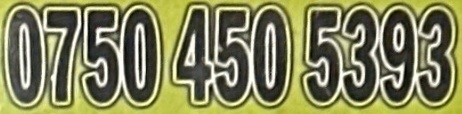
0750 450 5393